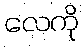
လေကို